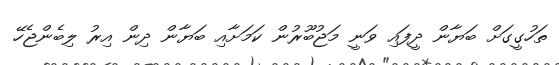
ތަހުގީގަށް ބަޔާން ދީފައި ވަނީ މަޖުބޫރުން ކަމަށާއި ބަޔާން ދިން އިރު ލިބެންޖެހޭ